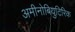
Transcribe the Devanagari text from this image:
अमीनोबियुटिरिक